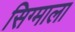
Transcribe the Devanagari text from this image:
सिग्माला